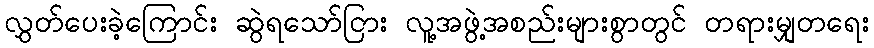
လွှတ်ပေးခဲ့ကြောင်း ဆွဲရသော်ငြား လူ့အဖွဲ့အစည်းများစွာတွင် တရားမျှတရေး